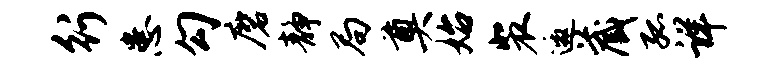
行患勾磨静局奠始裴邀藏孤详